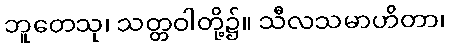
ဘူတေသု၊ သတ္တဝါတို့၌။ သီလသမာဟိတာ၊